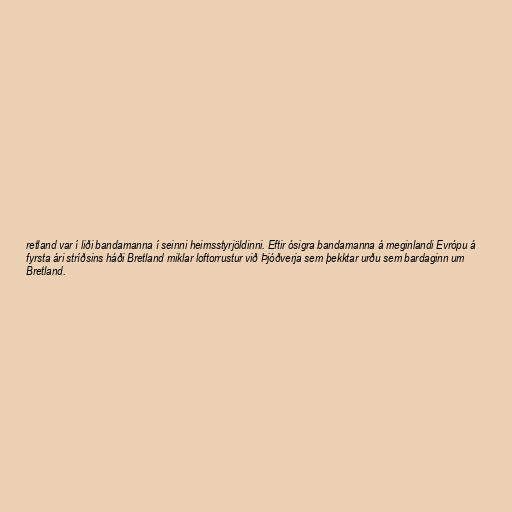
retland var í liði bandamanna í seinni heimsstyrjöldinni. Eftir ósigra bandamanna á meginlandi Evrópu á
fyrsta ári stríðsins háði Bretland miklar loftorrustur við Þjóðverja sem þekktar urðu sem bardaginn um
Bretland.